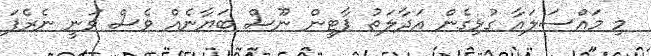
މި މައްސަލައާ ގުޅިގެން އަދާލަތު ޕާޓީން ނޫސް ބަޔާނެއް ވެސް ވަނީ ނެރެފަ